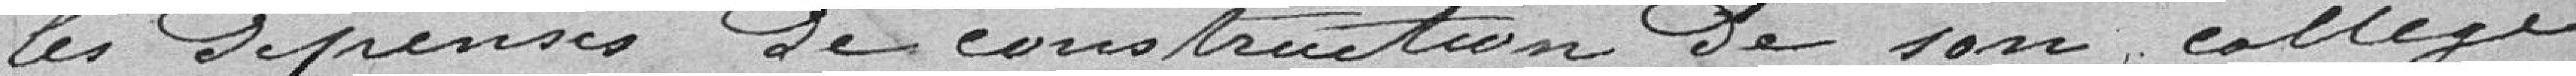
les Dépenses de construction de son collège;